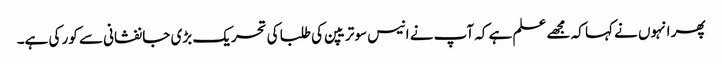
پھر انہوں نے کہا کہ مجھے علم ہے کہ آپ نے انیس سو تریپن کی طلبا کی تحریک بڑی جانفشانی سے کور کی ہے۔